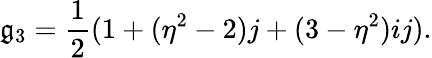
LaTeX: \mathfrak{g}_{3}={\frac{{1}}{{2}}}(1+(\eta^{2}-2)j+(3-\eta^{2})ij).